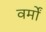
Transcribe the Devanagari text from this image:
वर्मों